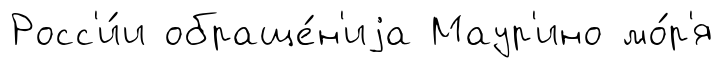
Росс'и́и обраще́н'иjа Маур'ино мо́р'я